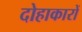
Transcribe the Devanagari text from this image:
दोहाकारों